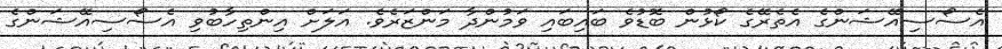
އެސޯސިއޭޝަންގެ އެތެރޭގެ ކޯޅުން ބޮޑުވެ ބައިބައި ވަމުންދާ މަންޒަރެވެ. އަލަށް އިންތިހާބުވި އެސޯސިއޭޝަންގެ